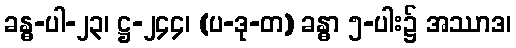
ခန္ဓ-ပါ-၂၃၊ ဋ္ဌ-၂၄၄၊ (ပ-ဒု-တ) ခန္ဓာ ၅-ပါး၌ အဿာဒ၊